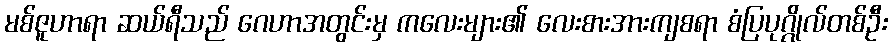
မစ်ဇူဟာရာ ဆယ်ရီသည် ဂေဟာအတွင်းမှ ကလေးများ၏ လေးစားအားကျစရာ စံပြပုဂ္ဂိုလ်တစ်ဦး